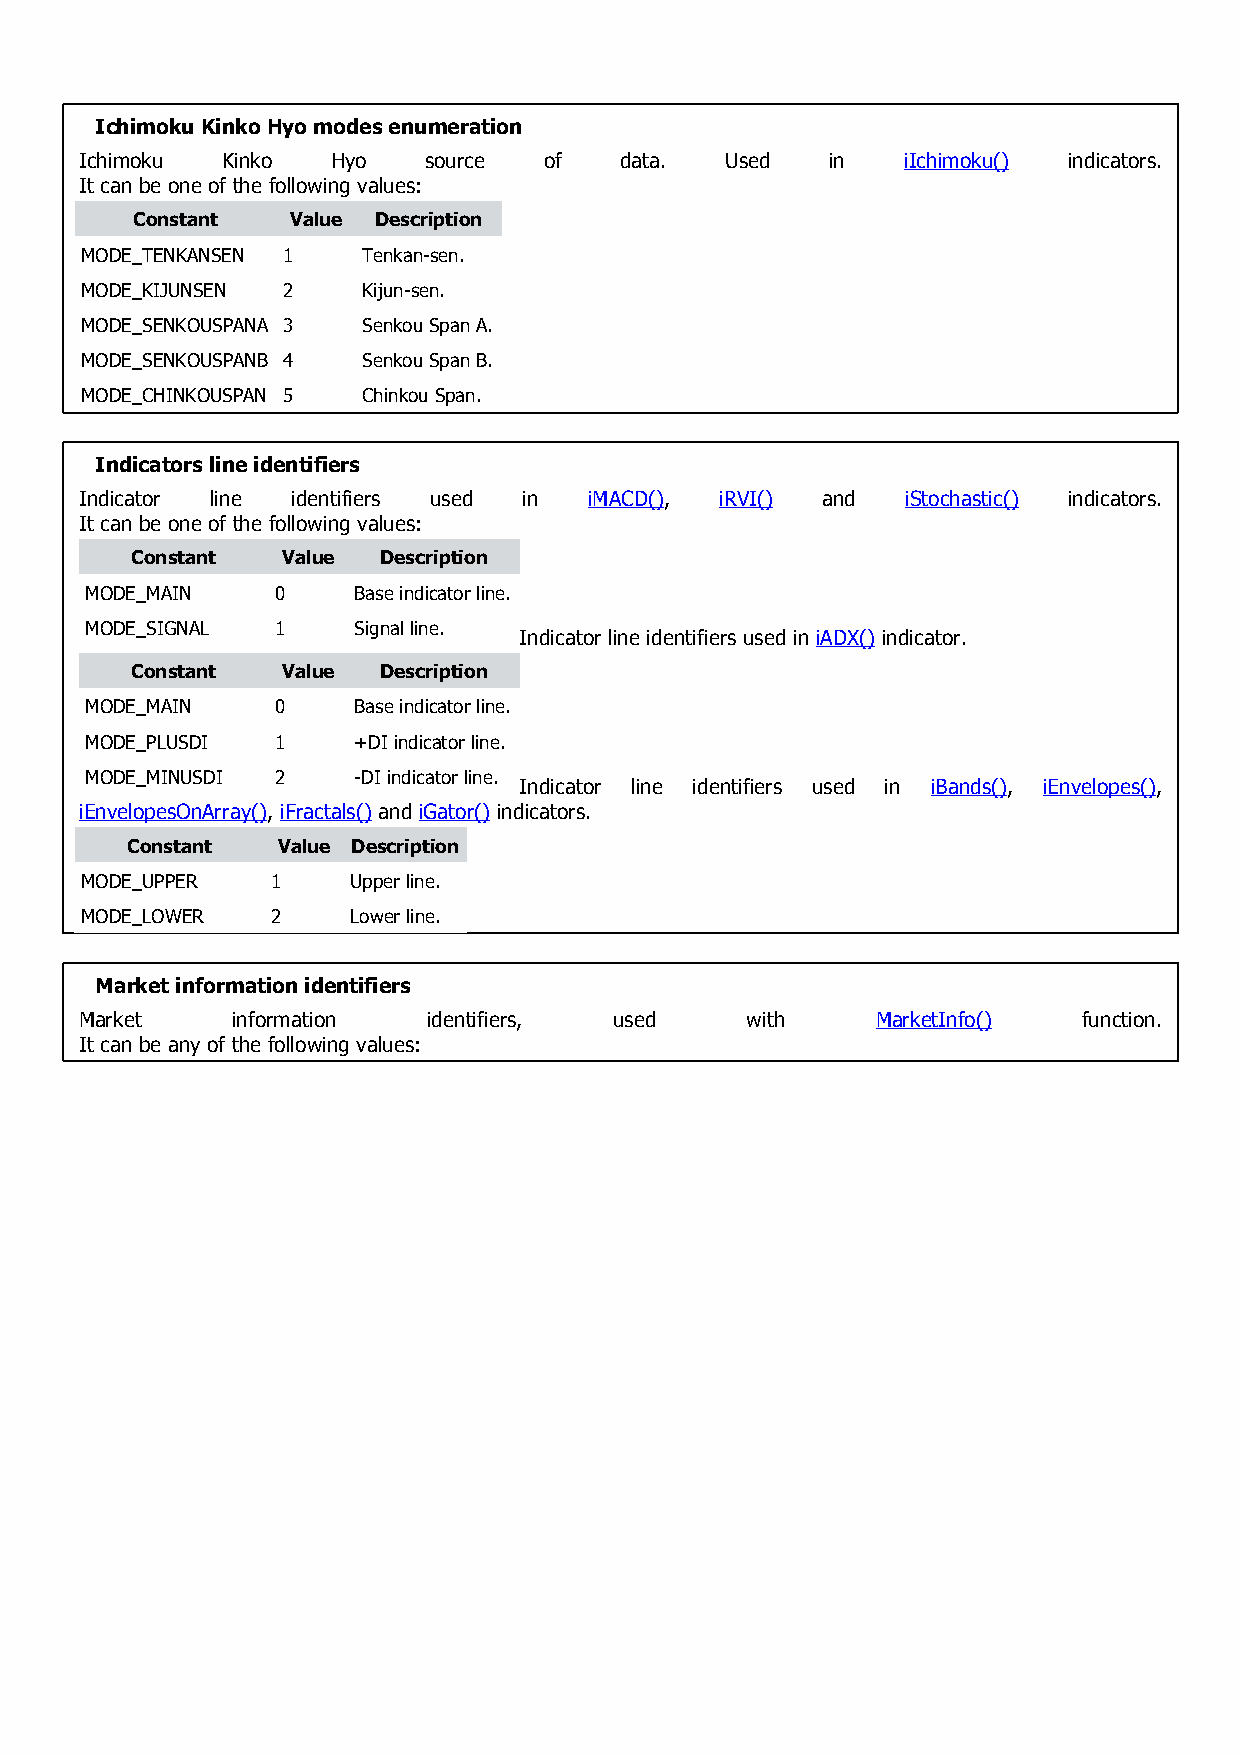
Ichimoku Kinko Hyo modes enumeration
 Ichimoku  Kinko  Hyo   source  of   data.  Used   in   iIchimoku() indicators.
 It can be one of the following values:
 Constant  Value Description
 MODE_TENKANSEN 1   Tenkan-sen.
 MODE_KIJUNSEN 2    Kijun-sen.
 MODE_SENKOUSPANA 3 Senkou Span A.
 MODE_SENKOUSPANB 4 Senkou Span B.
 MODE_CHINKOUSPAN 5 Chinkou Span.
 Indicators line identifiers
 Indicator line identifiers used in iMACD(), iRVI() and iStochastic() indicators.
 It can be one of the following values:
 Constant  Value Description
 MODE_MAIN   0    Base indicator line.
 MODE_SIGNAL 1    Signal line.
 Indicator line identifiers used in iADX() indicator.
 Constant  Value Description
 MODE_MAIN   0    Base indicator line.
 MODE_PLUSDI 1    +DI indicator line.
 MODE_MINUSDI 2   -DI indicator line.
 Indicator line identifiers used in iBands(), iEnvelopes(),
 iEnvelopesOnArray(), iFractals() and iGator() indicators.
 Constant  Value Description
 MODE_UPPER   1    Upper line.
 MODE_LOWER   2    Lower line.
 Market information identifiers
 Market    information  identifiers, used    with     MarketInfo()  function.
 It can be any of the following values: